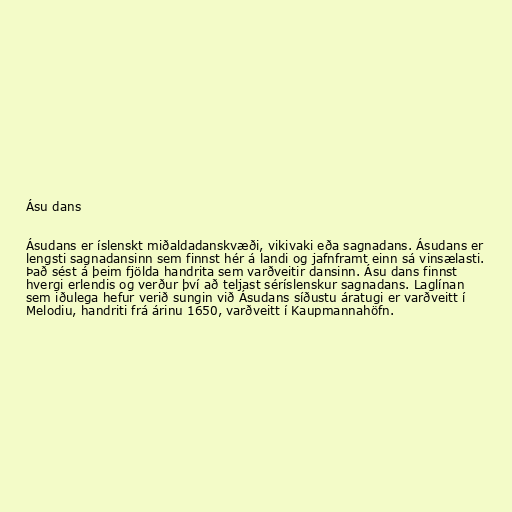
Ásu dans

Ásudans er íslenskt miðaldadanskvæði, vikivaki eða sagnadans. Ásudans er
lengsti sagnadansinn sem finnst hér á landi og jafnframt einn sá vinsælasti.
Það sést á þeim fjölda handrita sem varðveitir dansinn. Ásu dans finnst
hvergi erlendis og verður því að teljast séríslenskur sagnadans. Laglínan
sem iðulega hefur verið sungin við Ásudans síðustu áratugi er varðveitt í
Melodiu, handriti frá árinu 1650, varðveitt í Kaupmannahöfn.